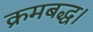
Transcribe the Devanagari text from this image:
क्रमबद्ध।